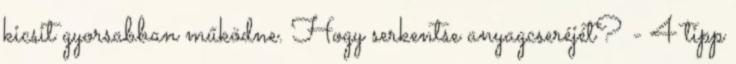
kicsit gyorsabban működne. Hogy serkentse anyagcseréjét? - 4 tipp